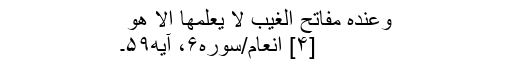
وَعِنْدَهُ مَفَاتِحُ الْغَیْبِ لَا یَعْلَمُهَا اِلَّا هُوَ ‌
[۴] انعام/سوره۶، آیه۵۹۔